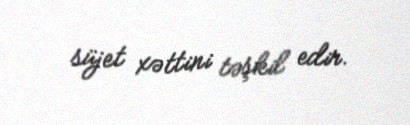
süjet xəttini təşkil edir.